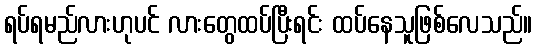
ရပ်ရမည်လားဟုပင် လားတွေထပ်ပြီးရင်း ထပ်နေသူဖြစ်လေသည်။